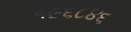
૧૯૬૮૪૬